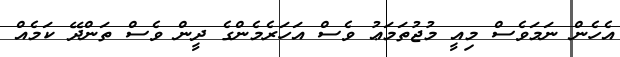
އެހެން ނަމަވެސް މިއީ މުޖުތަމަޢު ވެސް އަހަރެމެންގެ ދީން ވެސް ތަންދޭ ކަމެއް